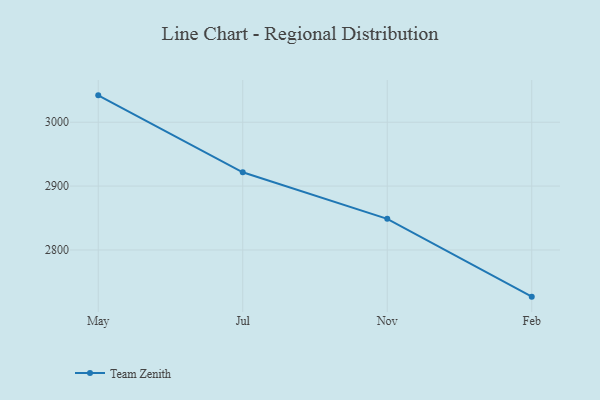
{"axis": {"x": "Month", "y": "Conversion Rate (%)"}, "legend": ["Team Zenith"], "data": [{"x": "May", "y": 3042.0, "type": "Team Zenith"}, {"x": "Jul", "y": 2921.6, "type": "Team Zenith"}, {"x": "Nov", "y": 2848.8, "type": "Team Zenith"}, {"x": "Feb", "y": 2727.0, "type": "Team Zenith"}]}